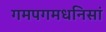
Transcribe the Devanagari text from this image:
गमपगमधनिसां